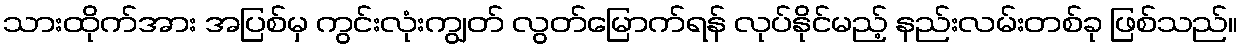
သားထိုက်အား အပြစ်မှ ကွင်းလုံးကျွတ် လွတ်မြောက်ရန် လုပ်နိုင်မည့် နည်းလမ်းတစ်ခု ဖြစ်သည်။